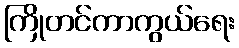
ကြိုတင်ကာကွယ်ရေး